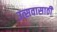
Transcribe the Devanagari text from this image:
उत्सवासाठीं